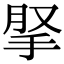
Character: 𢫪